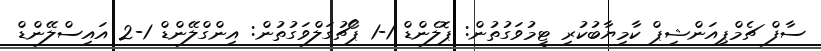
ސާފް ޗެމްޕިއަންޝިޕް ކާމިޔާބުކުރި ޓީމުވަގުތުން: ޕޮލެންޑް 1-1 ޕޯޗުގަލްވަގުތުން: އިންގްލޭންޑް 1-2 އައިސްލޭންޑް